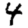
Digit: 4